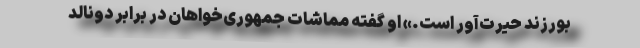
بورزند حیرت‌آور است.» او گفته مماشات جمهوری‌خواهان در برابر دونالد